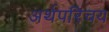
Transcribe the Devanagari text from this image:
अर्थपरिचय